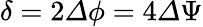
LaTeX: \delta=2{\mathit\Delta\phi}=4{\mathit\Delta\Psi}